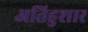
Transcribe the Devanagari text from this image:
अतिहुशार